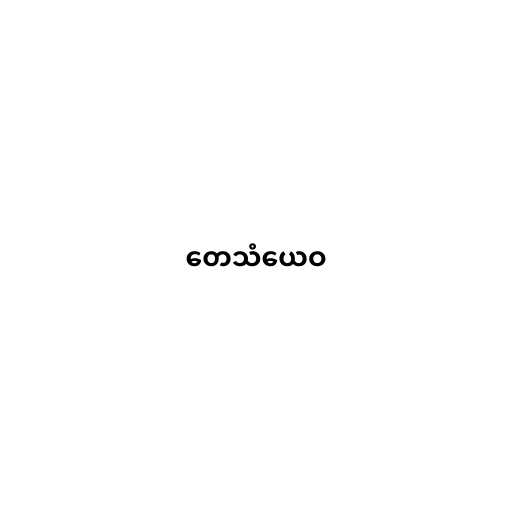
တေသံယေဝ